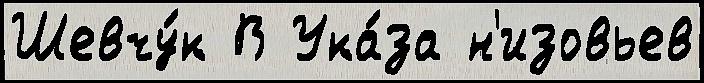
Шевчу́к В Ука́за н'изовьев